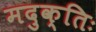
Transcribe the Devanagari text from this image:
मदुक्तिः